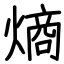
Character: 熵